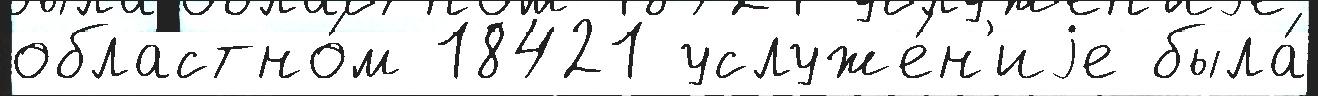
областно́м 18421 услуже́н'иjе была́